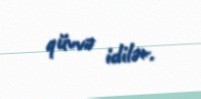
qüvvə idilər.